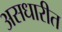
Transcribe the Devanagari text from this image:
असधारीत